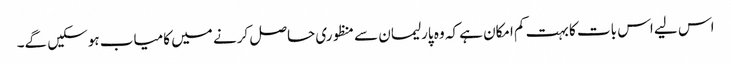
اس لیے اس بات کا بہت کم امکان ہے کہ وہ پارلیمان سے منظوری حاصل کرنے میں کامیاب ہوسکیں گے۔